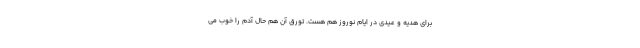
برای هدیه و عیدی در ایام نوروز هم هست. تورق آن هم حال آدم را خوب می